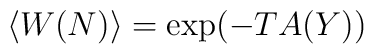
\langle W(N)\rangle =\exp(-TA(Y))